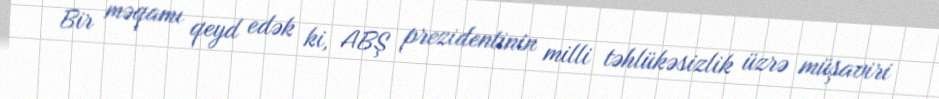
Bir məqamı qeyd edək ki, ABŞ prezidentinin milli təhlükəsizlik üzrə müşaviri